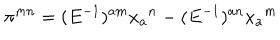
LaTeX: \pi ^ { m n } = ( E ^ { - 1 } ) ^ { a m } x _ { a } { } ^ { n } - ( E ^ { - 1 } ) ^ { a n } x _ { a } { } ^ { m }